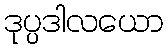
ဒုပ္ပဒါလယော